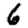
Digit: 6